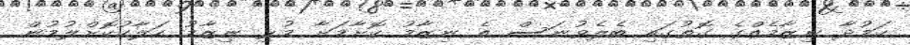
ކަމުދާ ނިޒާމެއްގެ ގޮތުގައި ބެލެވުނަސް އެ ނިޒާމު ކޮށާމަށާ މުޅި ނިޒާމު ހަލާކުކޮށްލުމުން